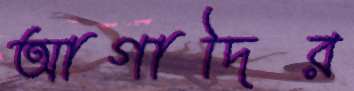
আগাদির